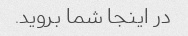
در اینجا شما بروید.